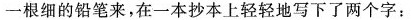
一根细的铅笔来，在一本抄本上轻轻地写下了个字：